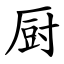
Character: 厨